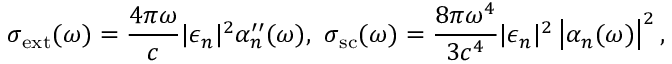
\sigma _ { \mathrm { e x t } } ( \omega ) = \frac { 4 \pi \omega } { c } | \epsilon _ { n } | ^ { 2 } \alpha _ { n } ^ { \prime \prime } ( \omega ) , ~ \sigma _ { \mathrm { s c } } ( \omega ) = \frac { 8 \pi \omega ^ { 4 } } { 3 c ^ { 4 } } | \epsilon _ { n } | ^ { 2 } \left| \alpha _ { n } ( \omega ) \right| ^ { 2 } ,